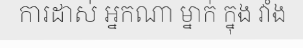
ការដាស់ អ្នកណា ម្នាក់ ក្នុង វាំង